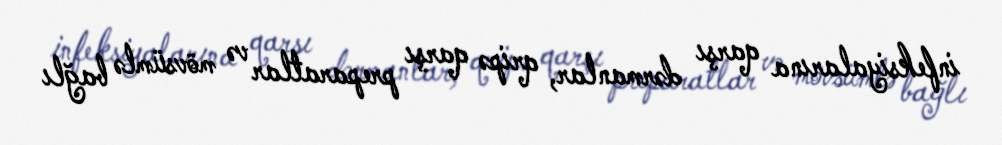
infeksiyalarına qarşı dərmanlar, qripə qarşı preparatlar və mövsümlə bağlı